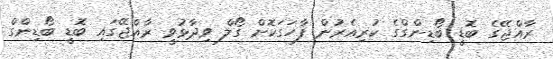
ރާއްޖޭގެ ބޮޑީ ބޯޑިންގްގެ ކުރިއެރުން ފާހަގަކޮށް ގޯލް ވިދާޅުވީ ރާއްޖޭގައި ބޮޑީ ބޯޑިންގް